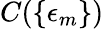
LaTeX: C(\{ \epsilon_{m}\} )